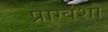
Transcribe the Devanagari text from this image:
प्राग्वंशो